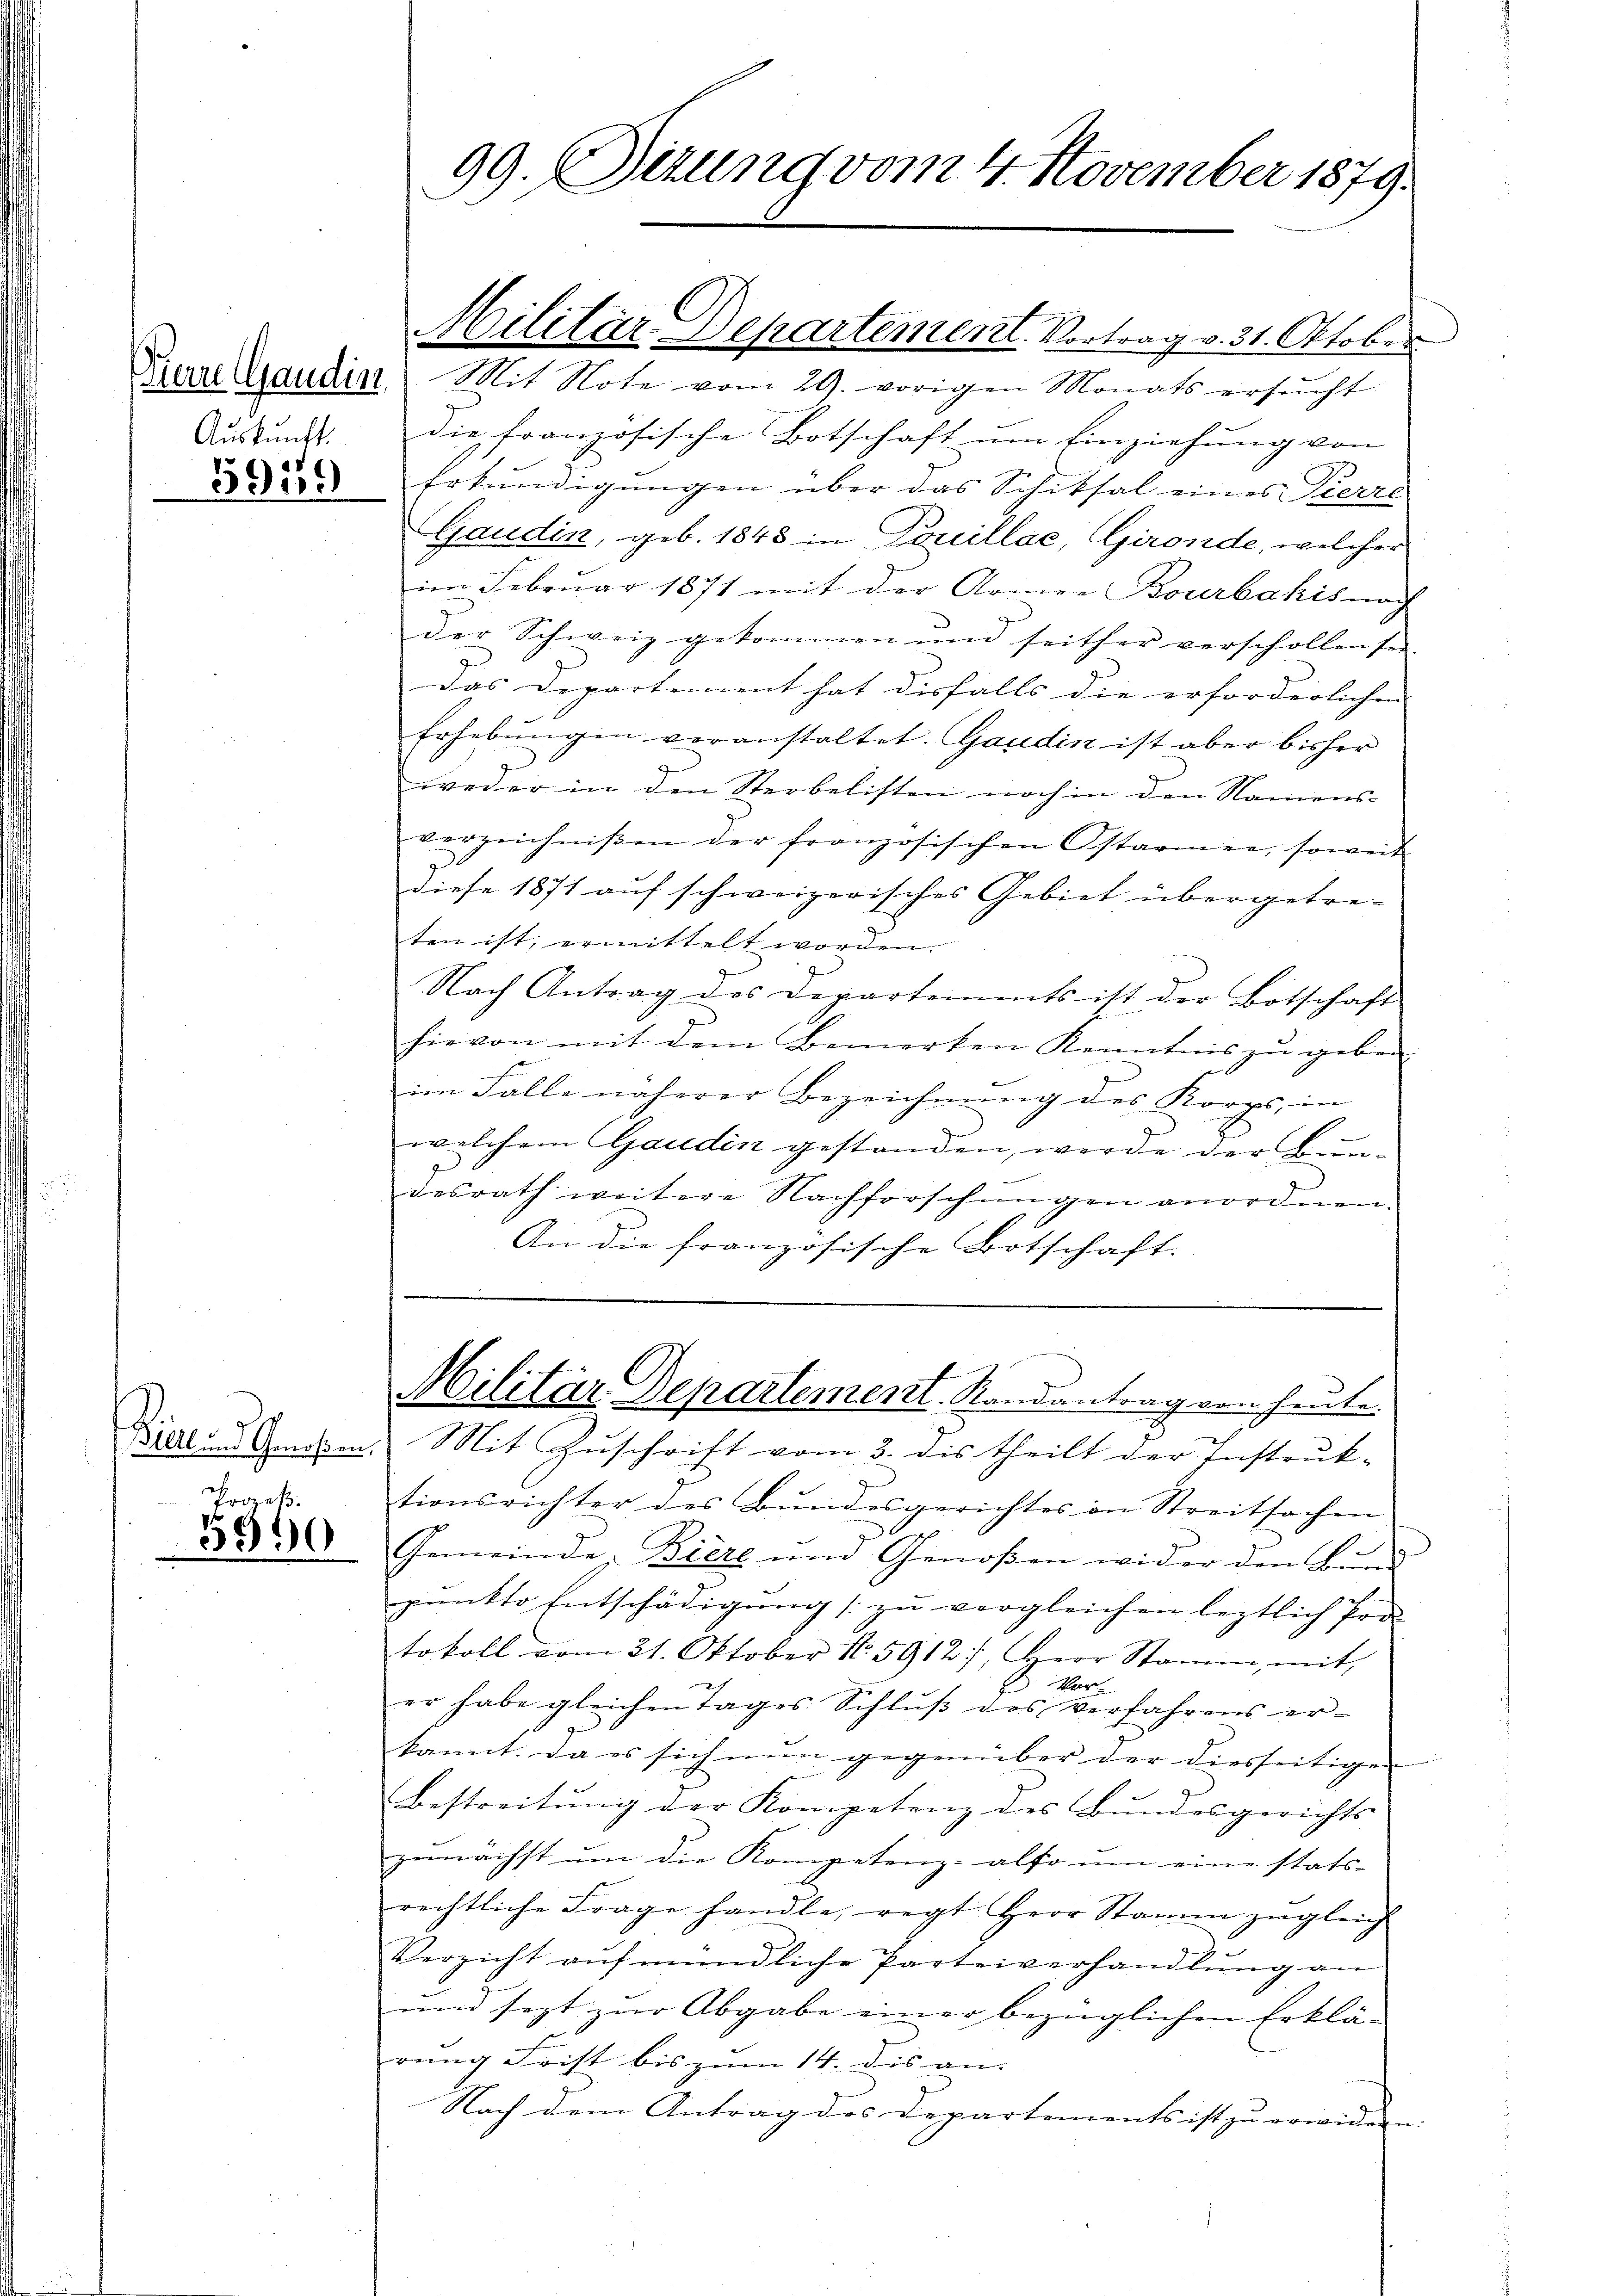
Auskunft.
3959

Proeß.

3590

die französische Botschaft um Einziehung von
Erkundigungen über das Schiksal eines Pierre
Gaudin, geb. 1848 in Touillae, Gironde, welcher
im Februar 1871 mit der Armee Bourbakis nach
der Schweiz gekommen und seither verschollen sei.
Das Departement hat diesfalls die erforderlichen |
Erhebŭngen veranstaltet. Gandin ist aber bisher
weder in den Sterbelisten noch in den Namens-
verzeichnißen der französischen Ostarmee, soweit
diese 1871 auf schweizerisches Gebiet übergetreten ist, ermittelt worden.
Nach Antrag des Departements ist der Botschaft
hievon mit dem Bemerken Kenntnis zu geben
im Falle näherer Bezeichnung des Korps, in
e
welchem Gaudin gestanden, werde der Bundesrath weitere Nachforschungen anordnen.
An die französische Botschaft.

99. Sizung vom 4. November 1879.

Militär Departement. Vortrag v. 31. Oktober
Derellaudin Mit Note vom 29. vorigen Monats ersŭcht

Militär Departement. Randantrag von heute.
Biel und Genehmen. Mit Zuschrift vom 3. dis theilt der Instruk-

tionsrichter des Bundesgerichtes in Streitsachen
Gemeinde Biere und Genoßen wider den Bund
pŭnkto Entschädigŭng zŭ vergleichen leztlich Pode
tokoll vom 21. Oktober N. 5912), Herr Stamm, mit
Vor
er habe gleichen Tages Schlŭβ des verfahrens er-
kannt. Da es sich nun gegenüber der diesseitigen |
Bestreitung der Kompetenz des Bundesgerichts
zunächst um die Kompetenz- also um eine stats-
rechtliche Frage handle, regt Herr Stamm zŭgleich
In
Verzicht aŭf mündliche Parteiverhandlung an
und sezt zur Abgabe einer bezüglichen Erklä-
rang Frist bis zum 14. dis an.
Nach dem Antrag des Departements ist zŭ erwidern: